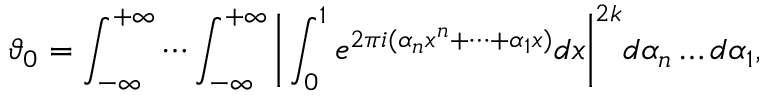
\vartheta _ { 0 } = \int _ { - \infty } ^ { + \infty } \cdots \int _ { - \infty } ^ { + \infty } { \biggl | } \int _ { 0 } ^ { 1 } e ^ { 2 \pi i ( \alpha _ { n } x ^ { n } + \cdots + \alpha _ { 1 } x ) } d x { \biggr | } ^ { 2 k } d \alpha _ { n } \ldots d \alpha _ { 1 } ,